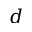
d